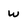
Character: w